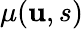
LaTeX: \textstyle\mu(\mathbf{u},s)